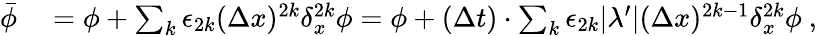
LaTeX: \begin{array}{rl}{\bar{\phi}}&{{}=\phi+\sum_{k}\epsilon_{2k}(\Delta x)^{2k}\delta_{x}^{2k}\phi=\phi+(\Delta t)\cdot\sum_{k}\epsilon_{2k}\lvert\lambda^{\prime}\rvert(\Delta x)^{2k-1}\delta_{x}^{2k}\phi\ ,}\end{array}